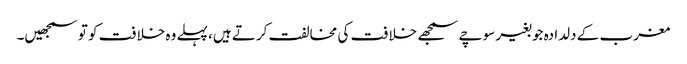
مغرب کے دلدادہ جو بغیر سوچے سمجھے خلافت کی مخالفت کرتے ہیں، پہلے وہ خلافت کو تو سمجھیں۔